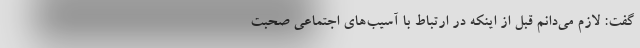
گفت: لازم می‌دانم قبل از اینکه در ارتباط با آسیب‌های اجتماعی صحبت